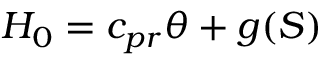
{ \cal H } _ { 0 } = c _ { p r } \theta + g ( S )